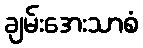
ချမ်းအေးသာစံ